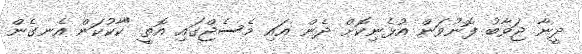
ދީނާ ޖަވާބު ފޮނުވަން އުޅެނިކޮށް ދެން އައި މެސެޖްގައި އޮތީ "ކާކުކަން އެނގެން